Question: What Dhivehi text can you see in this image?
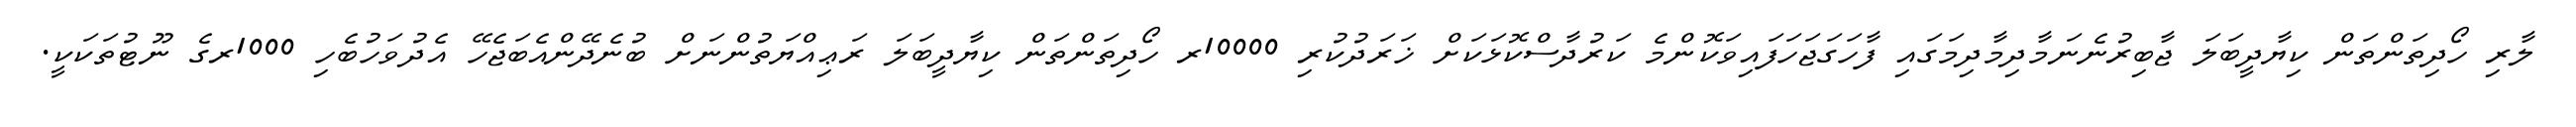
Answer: ލާރި ހޯދިތަންތަން ކިޔާދީބަލަ ޖާބިރުނެނަމާދިމާދިމަގައި ފާހަގަޖަހަފައިވަކޮންމެ ކަރުދާސްކޮޅަކަށް ޚަރަދުކުރި 10000ރ ހޯދިތަންތަން ކިޔާދީބަލަ ރަޢިއްޔަތުންނަށް ބުނެދޭންއެބަޖެހޭ އެދުވަހުބެހި 1000ރގެ ނޫޓުތަކަކީ.